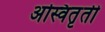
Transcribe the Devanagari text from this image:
अस्वितृती